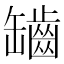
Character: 𦉟